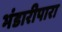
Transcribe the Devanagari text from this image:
भंडारीपारा